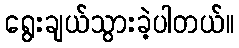
ရွေးချယ်သွားခဲ့ပါတယ်။